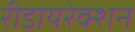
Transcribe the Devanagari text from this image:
रीडायरेक्शन